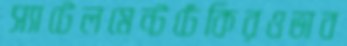
স্যাটেলমেন্টঢেঁকিরওভাব